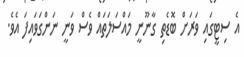
އެ ސިޓީގައި ވަރަށް ބޮޑެތި ގާނޫނީ މައްސަލަތައް ވެސް ވަނީ ނަންގަވައިފަ އެވެ.